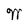
Character: W